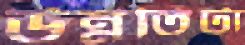
উন্নতিটা